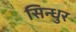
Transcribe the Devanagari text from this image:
सिन्‍धुर